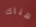
هناك